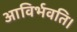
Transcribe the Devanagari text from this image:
आविर्भवति।